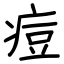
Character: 痘